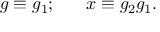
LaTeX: g \equiv g _ { 1 } ; \ \ \ \ \ x \equiv g _ { 2 } g _ { 1 } .